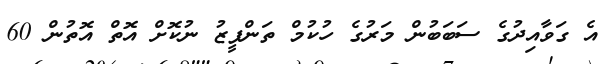
އެ ގަވާއިދުގެ ސަބަބުން މަރުގެ ހުކުމް ތަންފީޒު ނުކޮށް އޮތް އޮތުން 60